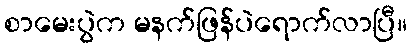
စာမေးပွဲက မနက်ဖြန်ပဲရောက်လာပြီ။